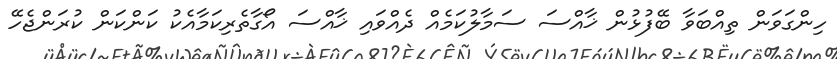
ހިންގަވަން ތިއްބަވާ ބޭފުޅުން ޚާއްސަ ސަމާލުކަމެއް ދެއްވައި ޚާއްސަ އޯގާތެރިކަމާއެކު ކަންކަން ކުރަންޖެހޭ